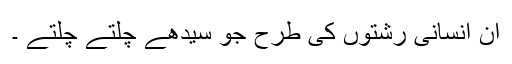
ان انسانی رشتوں کی طرح جو سیدھے چلتے چلتے ۔